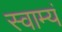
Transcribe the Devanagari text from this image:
स्वाम्यं